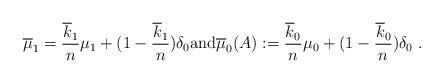
LaTeX: \begin{align*}\overline{\mu}_1 = \frac{ \overline{k}_1}{ n}\mu_1 + (1 - \frac{ \overline{k}_1}{ n}) \delta_0 \mathrm{and}\overline{\mu}_0(A):= \frac{ \overline{k}_0}{ n}\mu_0 + (1 - \frac{ \overline{k}_0}{ n}) \delta_0\ .\end{align*}